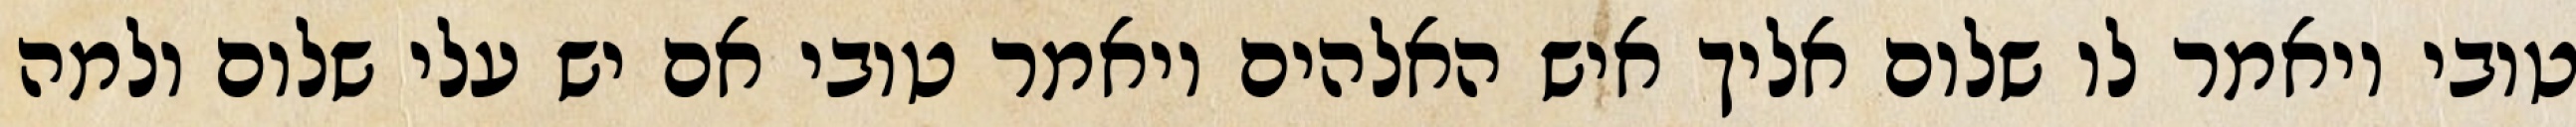
טובי ויאמר לו שלום אליך איש האלהים ויאמר טובי אם יש עלי שלום ולמה